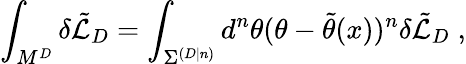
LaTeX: \int_{M^{D}}\delta\tilde{{\cal L}}_{D}=\int_{{\Sigma}^{(D|n)}}d^{n}\theta(\theta-\tilde{\theta}(x))^{n}\delta\tilde{{\cal L}}_{D}\; ,